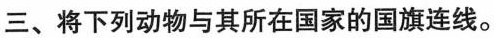
三、将下列动物与其所在国家的国旗连线。